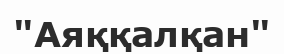
"Аяққалқан"